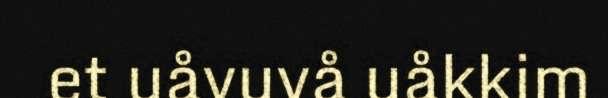
et uåvuvå uåkkim